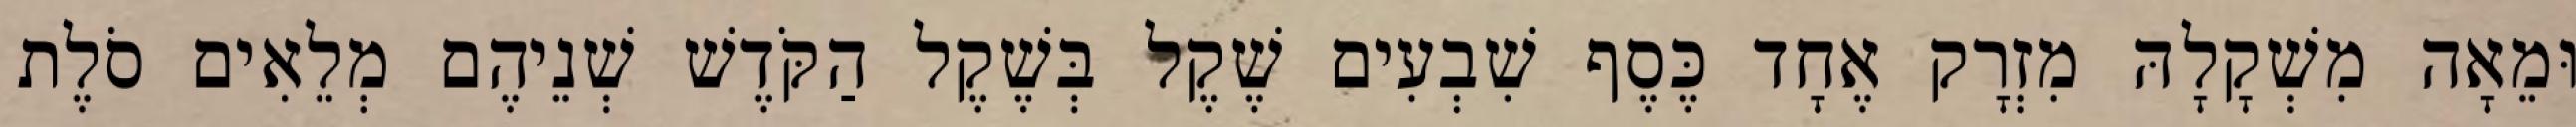
וּמֵאָה מִשְׁקָלָהּ מִזְרָק אֶחָד כֶּסֶף שִׁבְעִים שֶׁקֶל בְּשֶׁקֶל הַקֹּדֶשׁ שְׁנֵיהֶם מְלֵאִים סֹלֶת